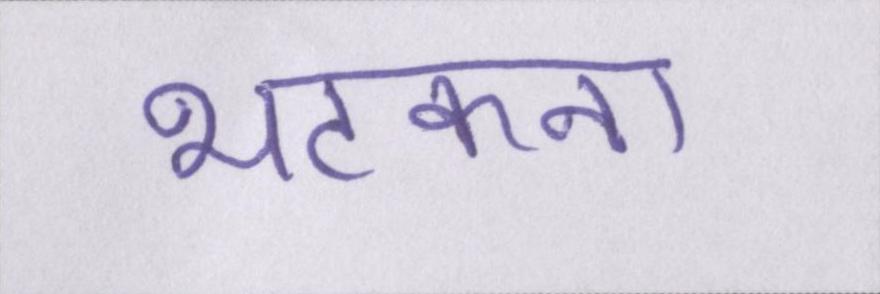
भटकना